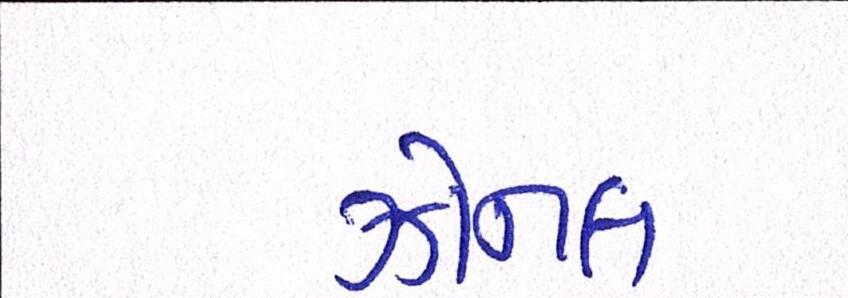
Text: ઝોનલ